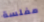
مفلسة